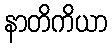
နာတိကိယာ